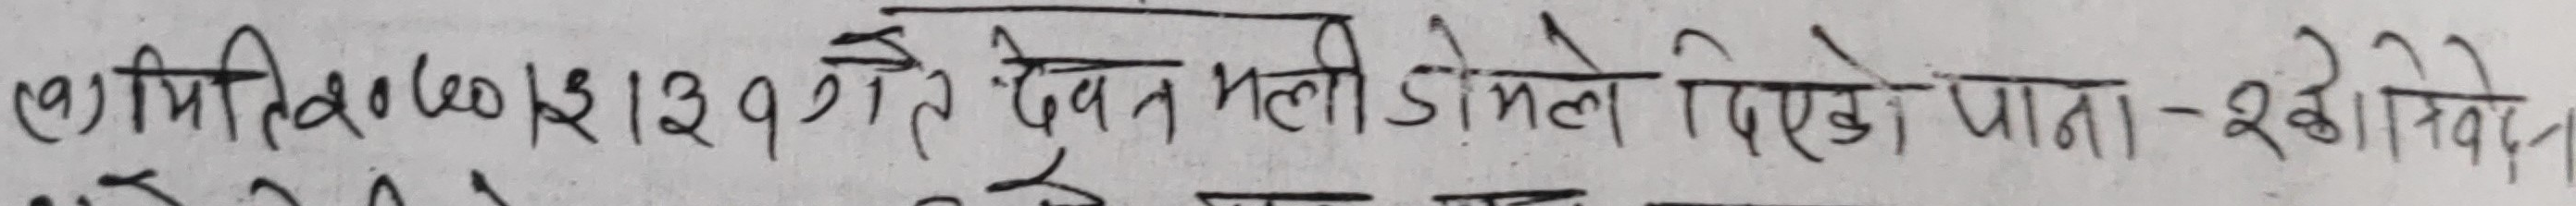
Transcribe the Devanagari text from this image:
(१) मिति २०७०/३/२१ गते देवन मली डोमले दिएको पाना - २को निवेदन